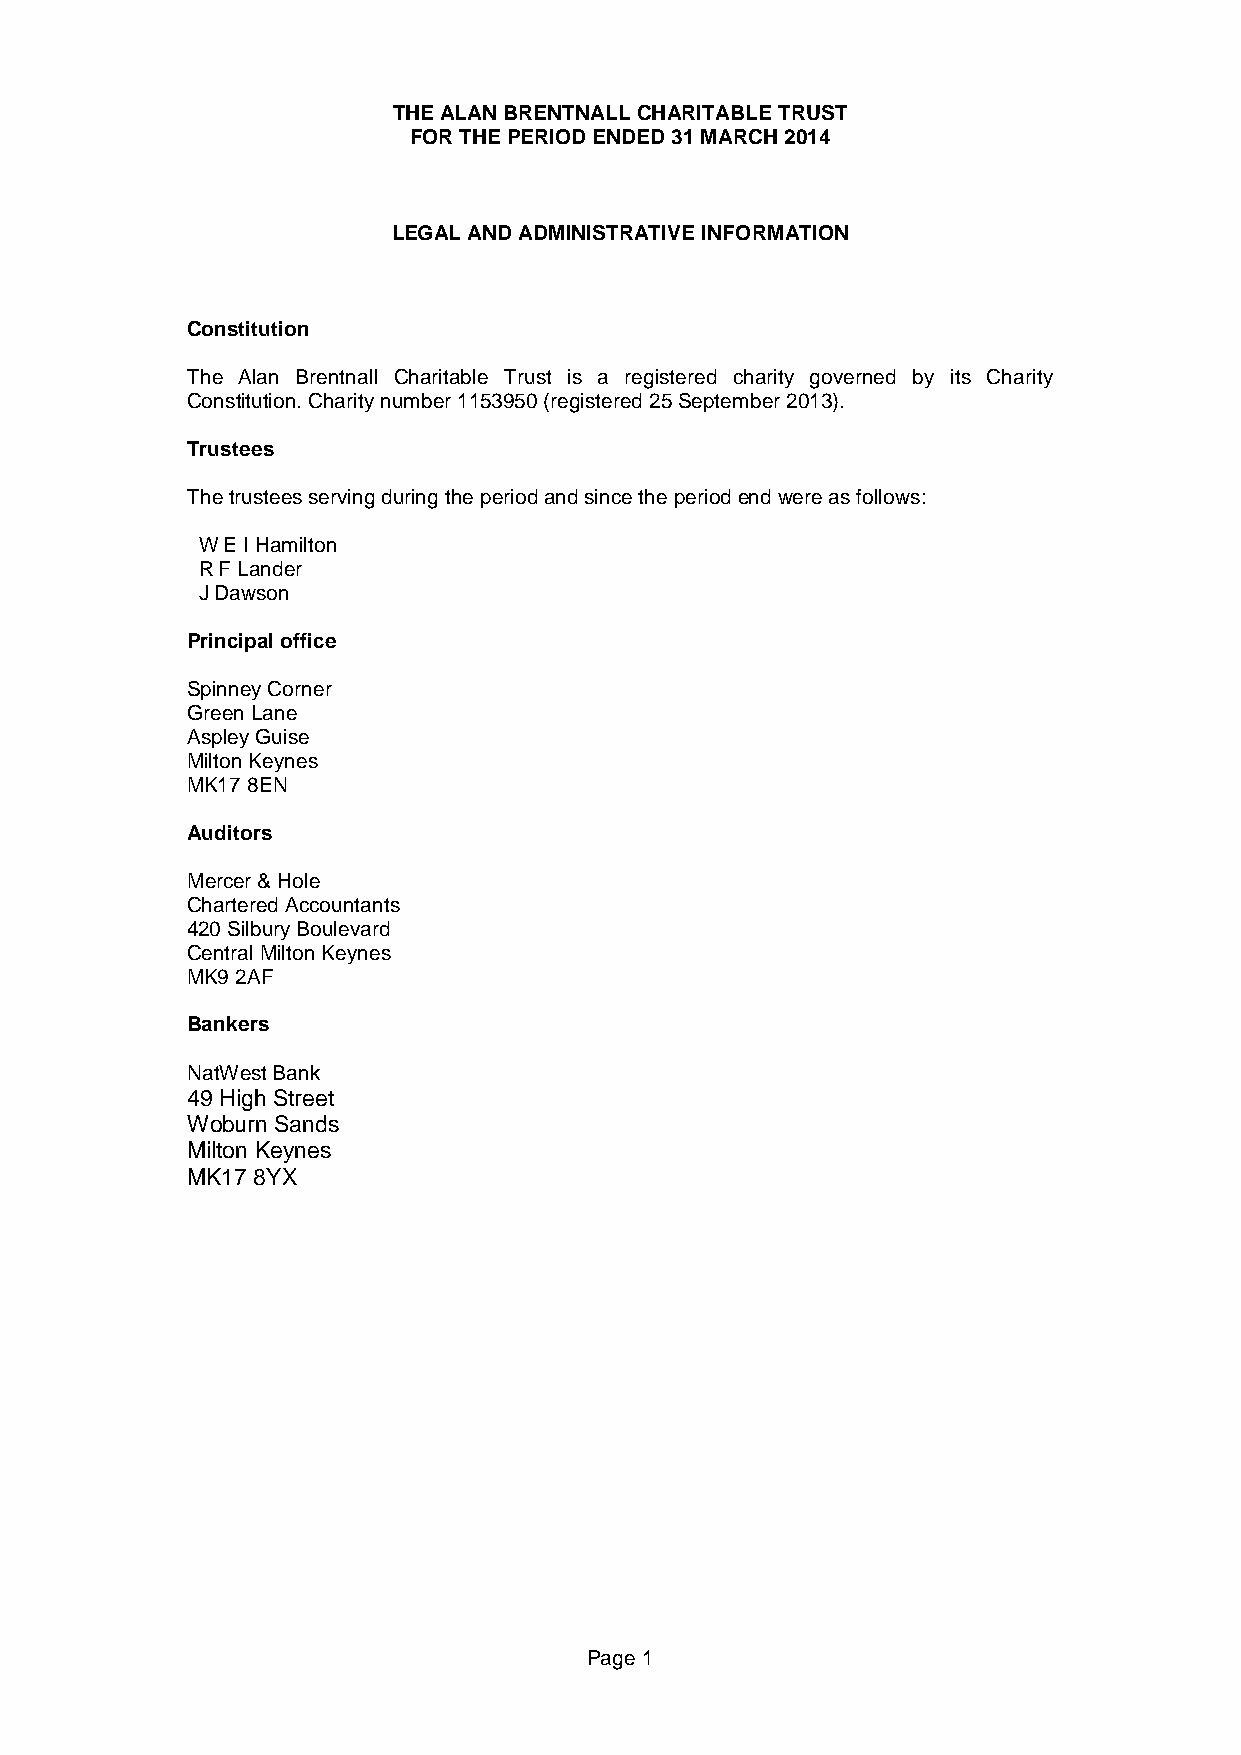
THE ALAN BRENTNALL CHARITABLE TRUST
 FOR THE PERIOD ENDED 31 MARCH 2014
 LEGAL AND ADMINISTRATIVE INFORMATION
 Constitution
 The Alan Brentnall Charitable Trust is a registered charity governed by its Charity
 Constitution. Charity number 1153950 (registered 25 September 2013).
 Trustees
 The trustees serving during the period and since the period end were as follows:
 W E I Hamilton
 R F Lander
 J Dawson
 Principal office
 Spinney Corner
 Green Lane
 Aspley Guise
 Milton Keynes
 MK17 8EN
 Auditors
 Mercer & Hole
 Chartered Accountants
 420 Silbury Boulevard
 Central Milton Keynes
 MK9 2AF
 Bankers
 NatWest Bank
 49 High Street
 Woburn Sands
 Milton Keynes
 MK17 8YX
 Page 1